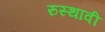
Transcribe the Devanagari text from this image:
रुस्थावी